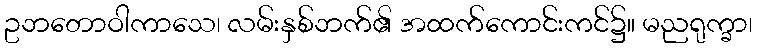
ဥဘတောဝါကာသေ၊ လမ်းနှစ်ဘက်၏ အထက်ကောင်းကင်၌။ မညရုက္ခာ၊